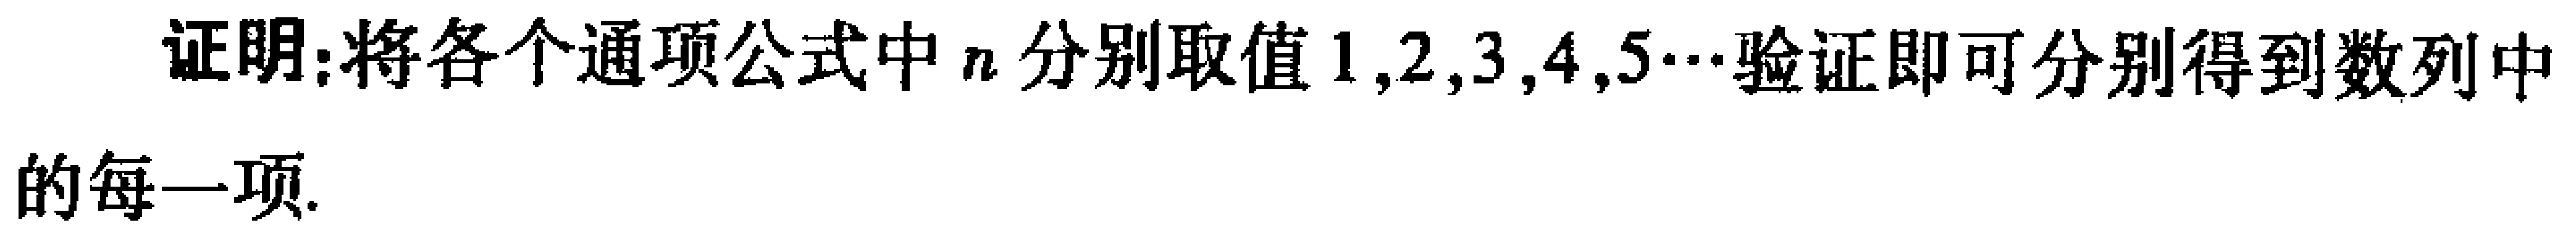
证明：将各个通项公式中\(n\)分别取值\(1,2,3,4,5\cdots\)验证即可分别得到数列中的每一项.